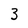
Character: 3